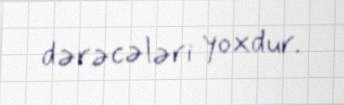
dərəcələri yoxdur.